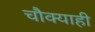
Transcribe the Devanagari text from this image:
चौक्याही